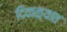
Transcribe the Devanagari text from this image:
दिवाळ्यात